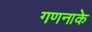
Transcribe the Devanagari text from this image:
गणनाके